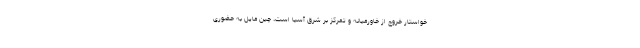
خواستار خروج از خاورمیانه و تمرکز بر شرق آسیا است، چین مایل به حضوری